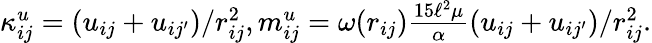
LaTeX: \begin{array}{r}{\kappa_{ij}^{u}=(u_{ij}+u_{ij^{\prime}})/r_{ij}^{2},m_{ij}^{u}=\omega(r_{ij})\frac{15\ell^{2}\mu}{\alpha}(u_{ij}+u_{ij^{\prime}})/r_{ij}^{2}.}\end{array}